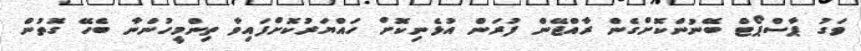
ވަގު ޕާސްޕޯޓް ބޭނުންކޮށްގެން ރާއްޖޭން ފުރަން އުޅެނިކޮށް ހައްޔަރުކޮށްފައިވާ ތިންމީހުންނާ ބެހޭ ގޮތުން